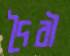
দৈবী